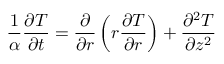
\frac { 1 } { \alpha } \frac { \partial T } { \partial t } = \frac { \partial } { \partial r } \left( r \frac { \partial T } { \partial r } \right) + \frac { \partial ^ { 2 } T } { \partial z ^ { 2 } }